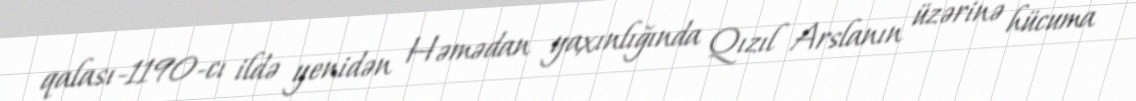
qalası-1190-cı ildə yenidən Həmədan yaxınlığında Qızıl Arslanın üzərinə hücuma